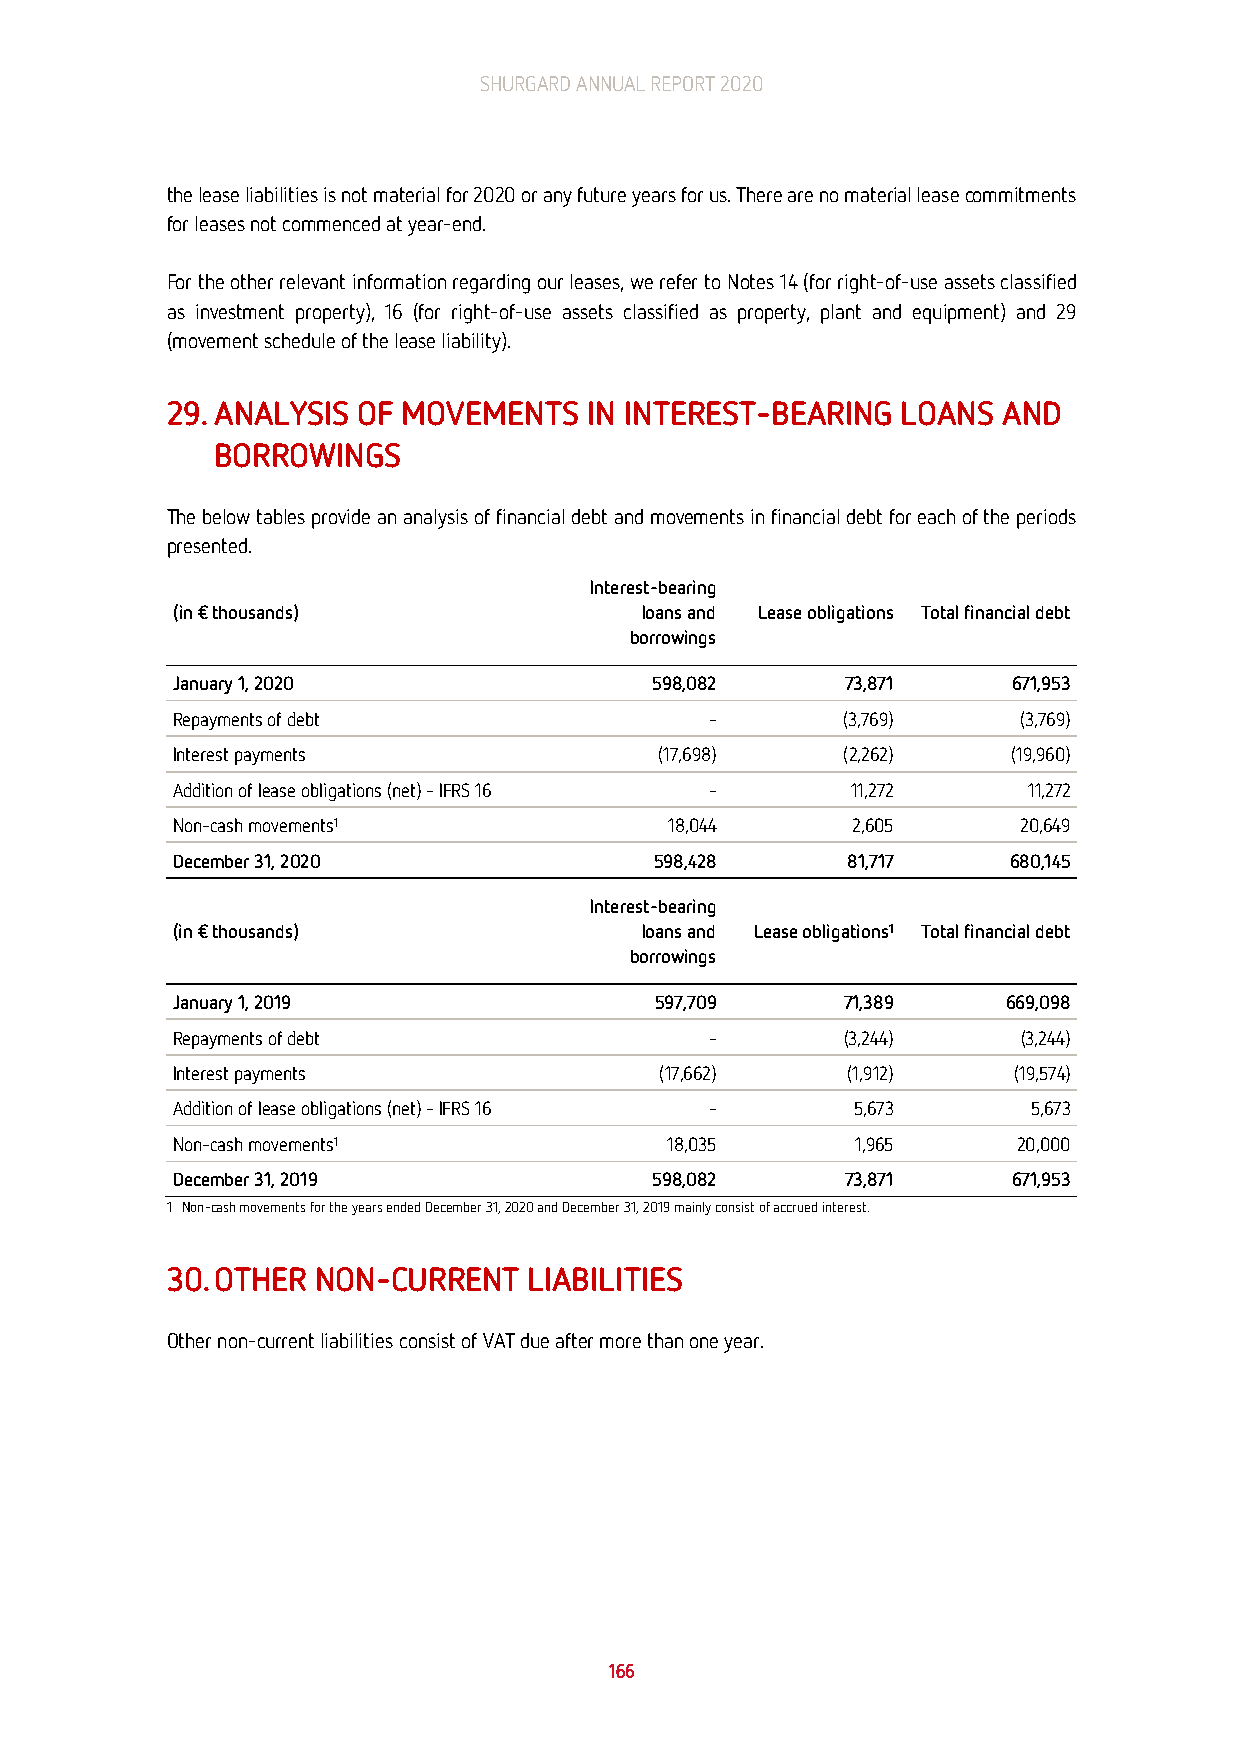
SHURGARD ANNUAL REPORT 2020
 the lease liabilities is not material for 2020 or any future years for us. There are no material lease commitments
 for leases not commenced at year-end.
 For the other relevant information regarding our leases, we refer to Notes 14 (for right-of-use assets classified
 as investment property), 16 (for right-of-use assets classified as property, plant and equipment) and 29
 (movement schedule of the lease liability).
 29. ANALYSIS OF MOVEMENTS   IN INTEREST-BEARING  LOANS AND
 BORROWINGS
 The below tables provide an analysis of financial debt and movements in financial debt for each of the periods
 presented.
 Interest-bearing
 (in € thousands)               loans and Lease obligations Total financial debt
 borrowings
 January 1, 2020                 598,082      73,871     671,953
 Repayments of debt                  -        (3,769)    (3,769)
 Interest payments                (17,698)    (2,262)    (19,960)
 Addition of lease obligations (net) – IFRS 16 - 11,272   11,272
 Non-cash movements1              18,044      2,605       20,649
 December 31, 2020               598,428      81,717     680,145
 Interest-bearing
 (in € thousands)               loans and Lease obligations1 Total financial debt
 borrowings
 January 1, 2019                 597,709      71,389     669,098
 Repayments of debt                  -        (3,244)     (3,244)
 Interest payments                (17,662)    (1,912)    (19,574)
 Addition of lease obligations (net) – IFRS 16 - 5,673    5,673
 Non-cash movements1              18,035       1,965     20,000
 December 31, 2019               598,082      73,871     671,953
 1 Non-cash movements for the years ended December 31, 2020 and December 31, 2019 mainly consist of accrued interest.
 30. OTHER NON-CURRENT   LIABILITIES
 Other non-current liabilities consist of VAT due after more than one year.
 166